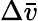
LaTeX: \Delta\bar{v}